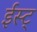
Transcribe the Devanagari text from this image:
ईस्ट्